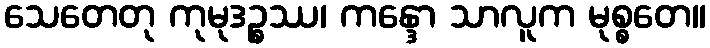
သေတေတု ကုမုဒဉ္စဿ၊ ကန္ဒော သာလူက မုစ္စတေ။